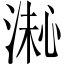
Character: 𪶚